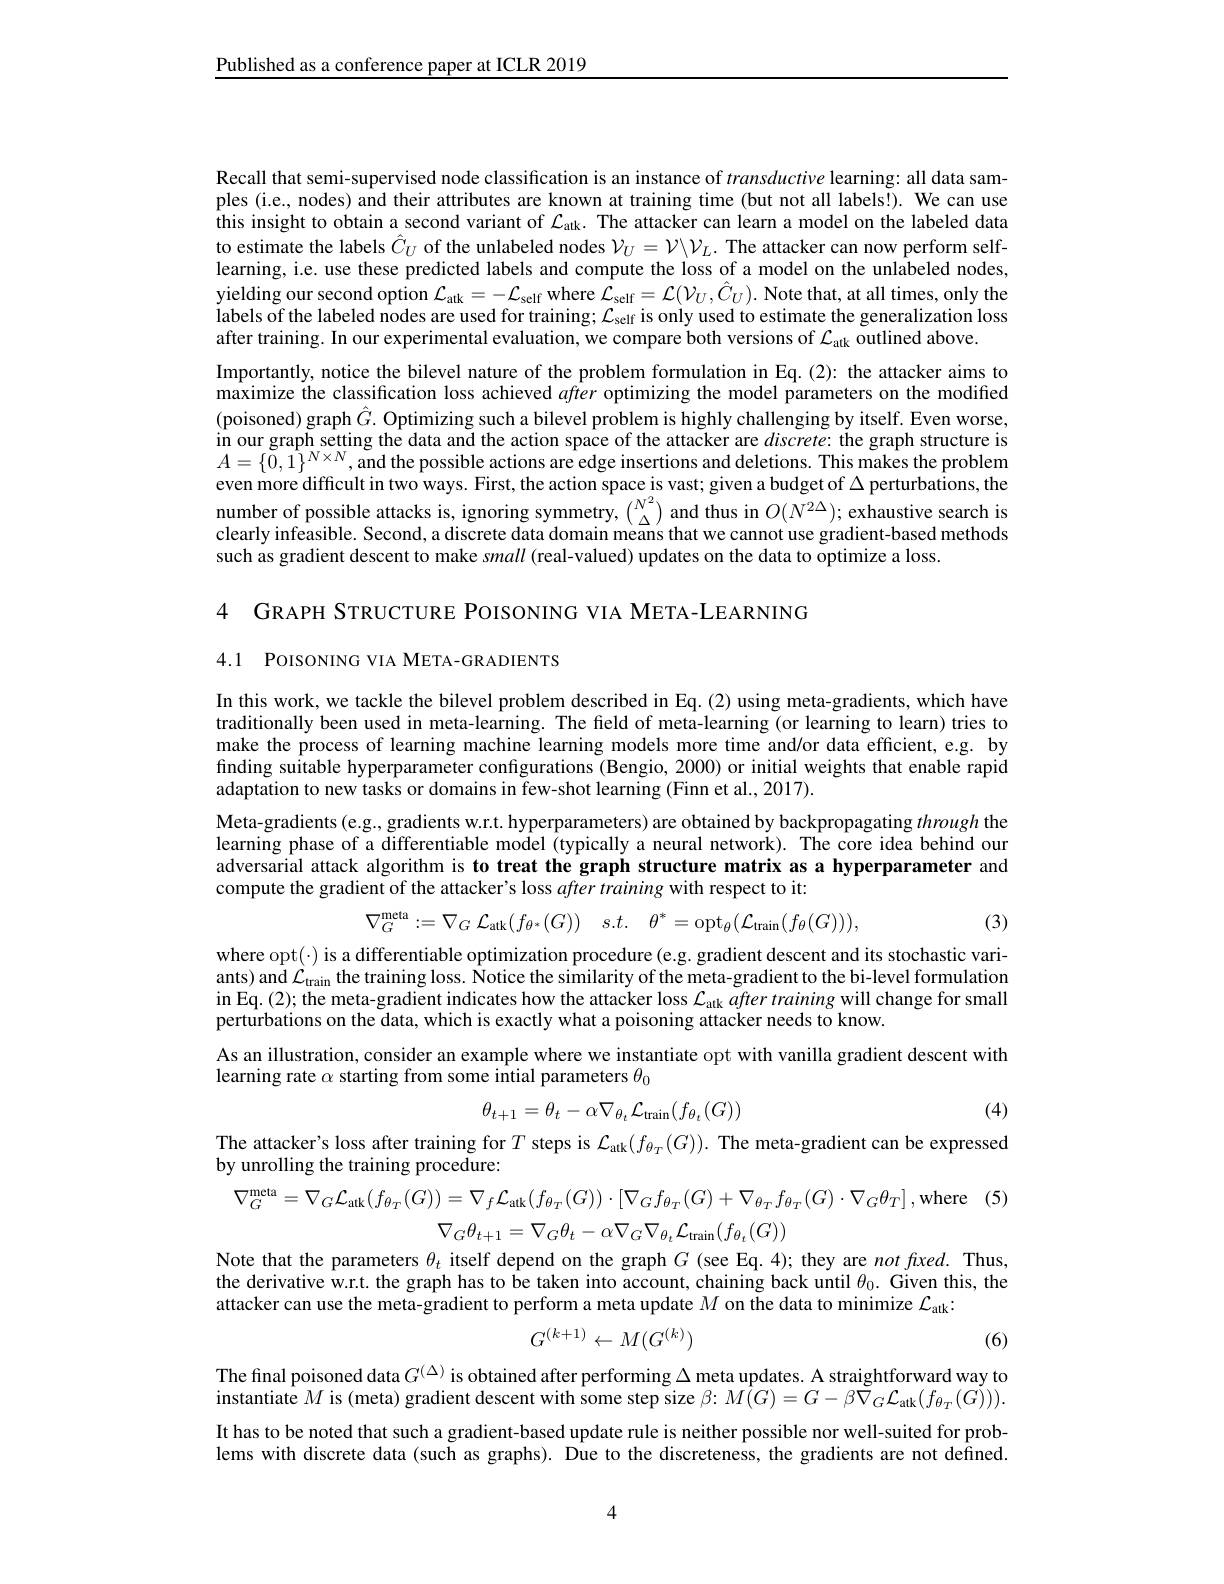
Published as a conference paper at ICLR 2019

Recall that semi-supervised node classification is an instance of transductive learning: all data samples (i.e., nodes) and their attributes are known at training time (but not all labels!). We can use this insight to obtain a second variant of $\mathcal{L}_\mathrm{auk}.$ The attacker can learn a model on the labeled data to estimate the labels $\hat{C}_U$ of the unlabeled nodes $\mathcal{V}_U=\mathcal{V}\backslash\mathcal{V}_L.$ The attacker can now perform selflearning, i.e. use these predicted labels and compute the loss of a model on the unlabeled nodes, yielding our second option $\mathcal{L}_\mathrm{atk}=-\mathcal{L}_\mathrm{self}$ where $\mathcal{L} _\mathrm{self}= \mathcal{L} ( \mathcal{V} _U, \hat{C} _U) .$ Note that, at all times, only the labels of the labeled nodes are used for training; $\mathcal{L}_\text{self is only used to estimate the generalization loss}$ after training. In our experimental evaluation, we compare both versions of $\mathcal{L}_\mathrm{atk}$ outlined above.
Importantly, notice the bilevel nature of the problem formulation in Eq.(2): the attacker aims to maximize the classification loss achieved after optimizing the model parameters on the modified (poisoned) graph $\hat{G}.$ Optimizing such a bilevel problem is highly challenging by itself. Even worse, in our graph setting the data and the action space of the attacker are $discrete:$ the graph structure is $A=\{0,1\}^{N\times N}$,and the possible actions are edge insertions and deletions. This makes the problem even more difficult in two ways. First, the action space is vast; given a budget of $\Delta$ perturbations, the number of possible attacks is, ignoring symmetry, $\binom{N^2}\Delta$ and thus in $O(N^{2\Delta});$ exhaustive search is clearly infeasible. Second, a discrete data domain means that we cannot use gradient-based methods such as gradient descent to make small (real-valued) updates on the data to optimize a loss.

4 GRAPH STRUCTURE POISONING VIA META-LEARNING

4.1 POISONING VIA META-GRADIENTS

In this work, we tackle the bilevel problem described in Eq.(2) using meta-gradients, which have traditionally been used in meta-learning. The field of meta-learning (or learning to learn) tries to make the process of learning machine learning models more time and/or data efficient, e.g. by finding suitable hyperparameter configurations (Bengio, 2000) or initial weights that enable rapid adaptation to new tasks or domains in few-shot learning (Finn et al., 2017).
Meta-gradients (e.g., gradients w.r.t. hyperparameters) are obtained by backpropagating through the learning phase of a differentiable model (typically a neural network). The core idea behind our adversarial attack algorithm is to treat the graph structure matrix as a hyperparameter and compute the gradient of the attacker's loss after training with respect to it:
$$\nabla_{G}^{\mathrm{meta}}:=\nabla_{G}\:\mathcal{L}_{\mathrm{atk}}(f_{\theta^{*}}(G))\quad s.t.\quad\theta^{*}=\mathrm{opt}_{\theta}(\mathcal{L}_{\mathrm{train}}(f_{\theta}(G))),$$
(3)

where opt(·) is a differentiable optimization procedure(e.g. gradient descent and its stochastic variants) and $\mathcal{L}_\text{train the training loss. Notice the similarity of the meta-gradient to the bi-level formulation}$ in Eq.(2); the meta-gradient indicates how the attacker loss $\mathcal{L}_\mathrm{atk}$ after training will change for small perturbations on the data, which is exactly what a poisoning attacker needs to know.
As an illustration, consider an example where we instantiate opt with vanilla gradient descent with
learning rate $\alpha$ starting from some intial parameters $\theta_0$
$$\theta_{t+1}=\theta_{t}-\alpha\nabla_{\theta_{t}}\mathcal{L}_{\mathrm{train}}(f_{\theta_{t}}(G))$$
(4)

The attacker's loss after training for $T$ steps is $\mathcal{L}_\mathrm{atk}(f_{\theta_T}(G)).$ The meta-gradient can be expressed
by unrolling the training procedure:
$\nabla_G^{\mathrm{meta}}=\nabla_G\mathcal{L}_{\mathrm{atk}}(f_{\theta_T}(G))=\nabla_f\mathcal{L}_{\mathrm{atk}}(f_{\theta_T}(G))\cdot[\nabla_Gf_{\theta_T}(G)+\nabla_{\theta_T}f_{\theta_T}(G)\cdot\nabla_G\theta_T]$,where (5)
$$\nabla_G\theta_{t+1}=\nabla_G\theta_t-\alpha\nabla_G\nabla_{\theta_t}\mathcal{L}_{\mathrm{train}}(f_{\theta_t}(G))$$
Note that the parameters $\theta_t$ itself depend on the graph $G$ (see Eq.4); they are $notfxed.$ Thus, the derivative w.r.t. the graph has to be taken into account, chaining back until $\theta_0.$ Given this, the attacker can use the meta-gradient to perform a meta update $M$ on the data to minimize $\mathcal{L}_\mathrm{atk}:$
$$G^{(k+1)}\leftarrow M(G^{(k)})$$
(6)

The final poisoned data $G^{(\Delta)}$ is obtained after performing $\Delta$ meta updates. A straightforward way to instantiate $M$ is (meta) gradient descent with some step size $\beta{:}M(G)=G-\beta{\vec{\nabla}}_{G}{\mathcal{L}}_{\mathrm{atk}}(f_{\theta_{T}}(G))).$ It has to be noted that such a gradient-based update rule is neither possible nor well-suited for problems with discrete data (such as graphs). Due to the discreteness, the gradients are not defined.

4